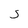
Character: S